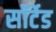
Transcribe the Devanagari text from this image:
सॉर्टेड